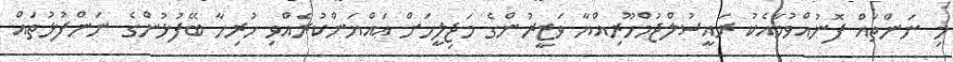
މި ނަންތައް ފޮނުއްވުމާއެކު ރައީސުލްޖުމްހޫރިއްޔާ ވަޒީރުންގެ މަޖިލީހަށް ޢައްޔަންކުރެއްވި ހުރިހާ ބޭފުޅުންގެ ނަންފުޅުތައް